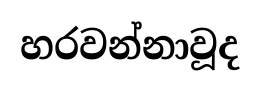
හරවන්නාවූද